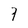
Character: 7